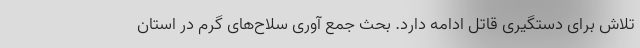
تلاش برای دستگیری قاتل ادامه دارد. بحث جمع آوری سلاح‌های گرم در استان